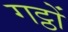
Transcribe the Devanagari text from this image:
गट्ठों